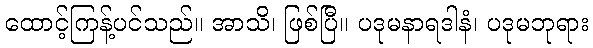
ထောင့်ကြန့်ပင်သည်။ အာသိ၊ ဖြစ်ပြီ။ ပဒုမနာရဒါနံ၊ ပဒုမဘုရား